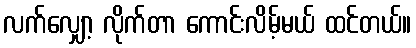
လက်လျှော့ လိုက်တာ ကောင်းလိမ့်မယ် ထင်တယ်။